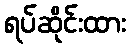
ရပ်ဆိုင်းထား